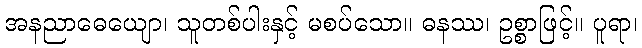
အနညာဓေယျော၊ သူတစ်ပါးနှင့် မစပ်သော။ ဓနဿ၊ ဥစ္စာဖြင့်။ ပူရာ၊